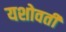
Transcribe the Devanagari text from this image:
यशोवती